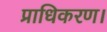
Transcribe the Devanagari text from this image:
प्राधिकरण।